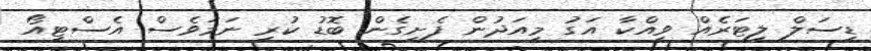
ޑީސަލް ލީޓަރެއް ވިއްކާ އަގު މިއަދުން ފެށިގެން ބޮޑު ކުރި ނަމަވެސް އެސްޓީއޯ